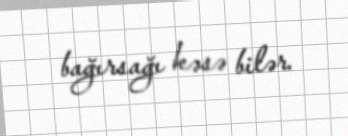
bağırsağı kəsə bilər.